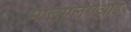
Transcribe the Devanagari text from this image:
मलिएलेगओइ